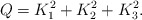
\begin{align*} Q=K_1^2+K_2^2+K_3^2.\end{align*}